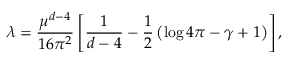
\lambda = \frac { \mu ^ { d - 4 } } { 1 6 \pi ^ { 2 } } \left[ \frac { 1 } { d - 4 } - \frac { 1 } { 2 } \left( \log 4 \pi - \gamma + 1 \right) \right] ,